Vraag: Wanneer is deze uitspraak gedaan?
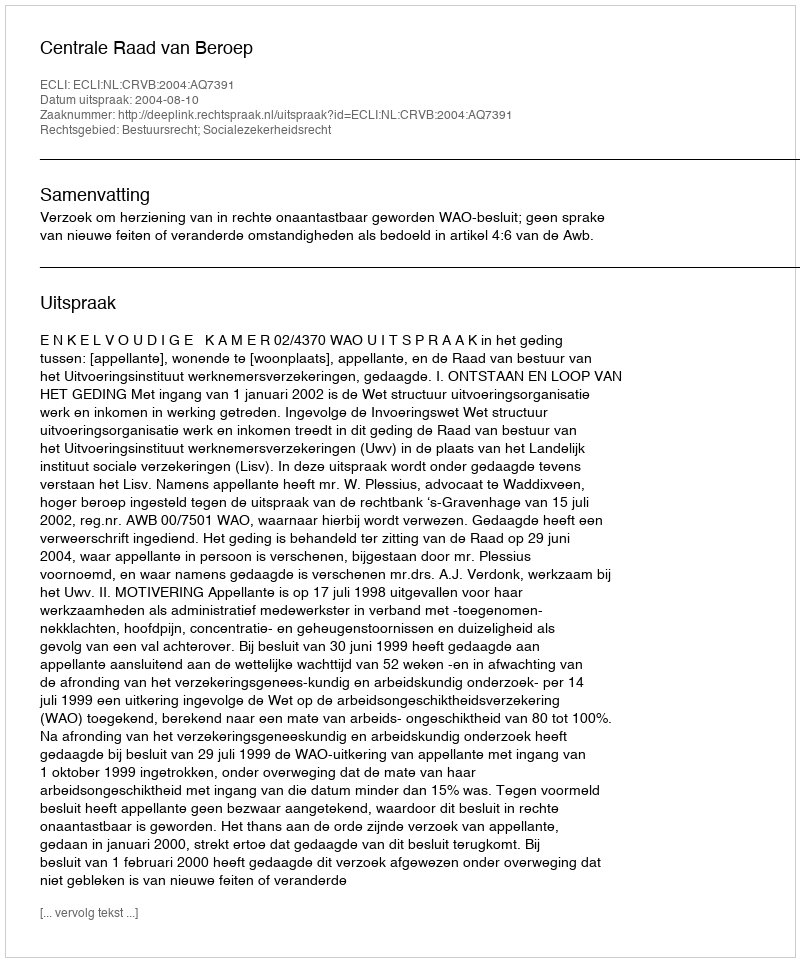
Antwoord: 2004-08-10